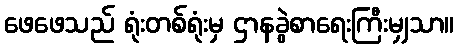
ဖေဖေသည် ရုံးတစ်ရုံးမှ ဌာနခွဲစာရေးကြီးမျှသာ။